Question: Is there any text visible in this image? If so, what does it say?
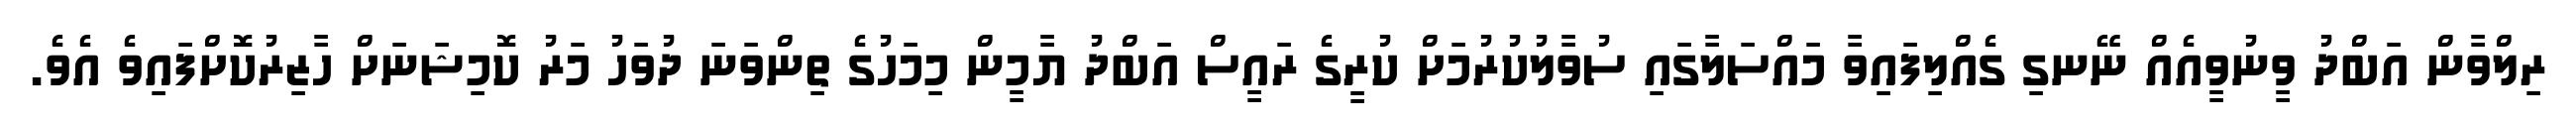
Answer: ރިލްވާން އަބްދު ވީނުވީއެއް ނޭނގި ގެއްލިފައިވާ މައްސަލާގައި ސުވާލުކުރުމަށް ކުރީގެ ރައީސް އަބްދު ޔާމީން މިމަހުގެ ތިންވަނަ ދުވަހު މަރު ކޮމިޝަނަށް ހާޒިރުކޮށްފައިވެ އެވެ.